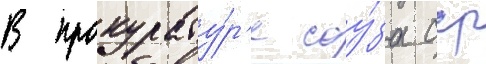
В прокурату́р'е соу́за сср